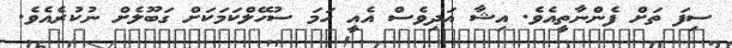
ސިފަ ތަށް ފެންނާތީއެވެ. އިޝާ އަދިވެސް އެއީ ހަމަ ސުހޭލްކަމަކަށް ގަބޫލެށް ނުކުރެއެވެ.